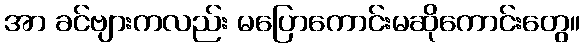
အာ ခင်ဗျားကလည်း မပြောကောင်းမဆိုကောင်းတွေ။